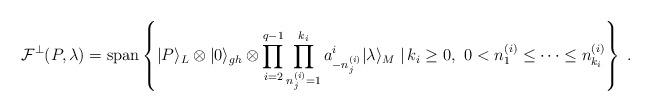
LaTeX: \begin{align*}\mathcal{F}^{\perp}(P,\lambda)=\mathrm{span}\left\{|P\rangle_L\otimes |0\rangle_{gh}\otimes \prod_{i=2}^{q-1}\prod_{n_j^{(i)}=1}^{k_i}a^i_{-n_j^{(i)}}|\lambda\rangle_M\large\left.\large\right|k_i\geq0,\ 0<n_1^{(i)}\leq\dots\leq n_{k_i}^{(i)}\right\}\;.\end{align*}